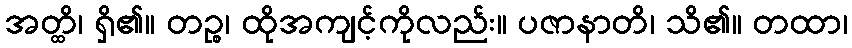
အတ္ထိ၊ ရှိ၏။ တဉ္စ၊ ထိုအကျင့်ကိုလည်း။ ပဇာနာတိ၊ သိ၏။ တထာ၊